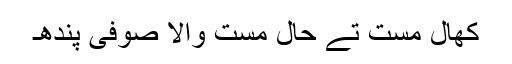
کھال مست تے حال مست والا صوفی پندھ۔